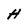
Character: H